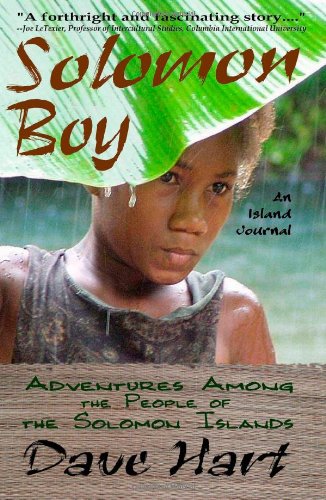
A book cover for Solomon Boy: An Island Journal: Adventures Among The People Of The Solomon Islands; Dave Hart; Travel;